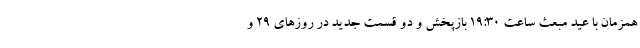
همزمان با عید مبعث ساعت 19:30 بازپخش و دو قسمت جدید در روزهای 29 و